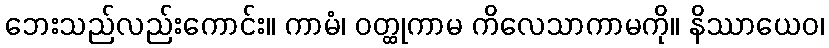
ဘေးသည်လည်းကောင်း။ ကာမံ၊ ဝတ္ထုကာမ ကိလေသာကာမကို။ နိဿာယေဝ၊